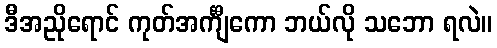
ဒီအညိုရောင် ကုတ်အင်္ကျီကော ဘယ်လို သဘော ရလဲ။